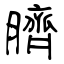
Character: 臍